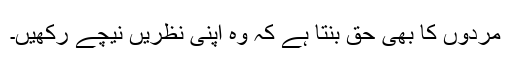
مردوں کا بھی حق بنتا ہے کہ وہ اپنی نظریں نیچے رکھیں۔